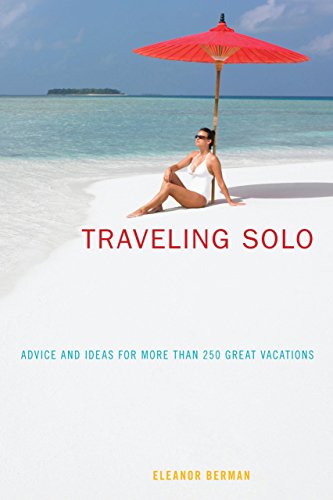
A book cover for Traveling Solo: Advice And Ideas For More Than 250 Great Vacations; Eleanor Berman; Travel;